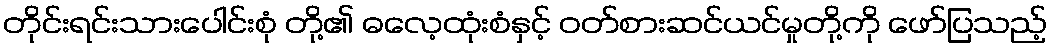
တိုင်းရင်းသားပေါင်းစုံ တို့၏ ဓလေ့ထုံးစံနှင့် ဝတ်စားဆင်ယင်မှုတို့ကို ဖော်ပြသည့်